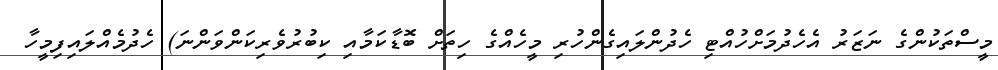
މީސްތަކުންގެ ނަޒަރު އެހެދުމަށްހުއްޓި ހެދުންލައިގެންހުރި މީހެއްގެ ހިތަށް ބޮޑާކަމާއި ކިބުރުވެރިކަންވަންނަ) ހެދުމެއްލައިފިމީހާ